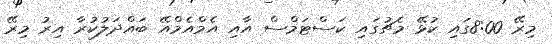
މިރޭ 8:00ގައި ކުޅޭ މެޗުގައި ކަސްޓަމްސް އާއި އެމްއެމްއޭ ބައްދަލުކުރާ އިރު މިރޭ